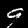
Label: 9